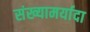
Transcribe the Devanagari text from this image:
संख्यामर्यादा